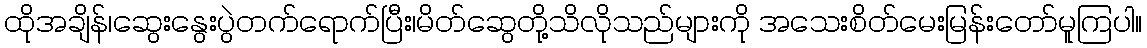
ထိုအချိန်၊ဆွေးနွေးပွဲတက်ရောက်ပြီး၊မိတ်ဆွေတို့သိလိုသည်များကို အသေးစိတ်မေးမြန်းတော်မူကြပါ။